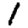
Digit: 1